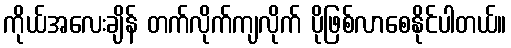
ကိုယ်အလေးချိန် တက်လိုက်ကျလိုက် ပိုဖြစ်လာစေနိုင်ပါတယ်။